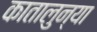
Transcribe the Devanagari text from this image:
कातालुन्या